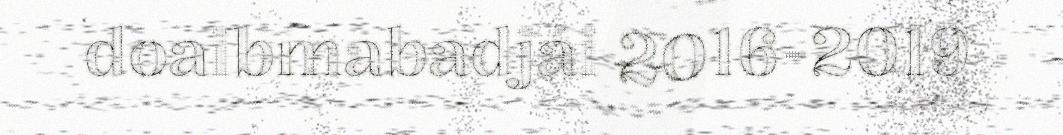
doaibmabadjái 2016-2019